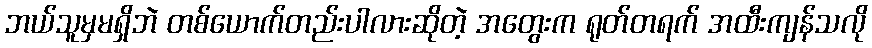
ဘယ်သူမှမရှိဘဲ တစ်ယောက်တည်းပါလားဆိုတဲ့ အတွေးက ရုတ်တရက် အထီးကျန်သလို